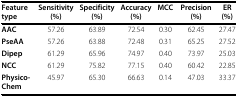
<table><thead><tr><td><b>Feature type</b></td><td><b>Sensitivity(%)</b></td><td><b>Specificity(%)</b></td><td><b>Accuracy(%)</b></td><td><b>MCC</b></td><td><b>Precision (%)</b></td><td><b>ER(%)</b></td></tr></thead><tbody><tr><td><b>AAC</b></td><td>57.26</td><td>63.89</td><td>72.54</td><td>0.30</td><td>62.45</td><td>27.47</td></tr><tr><td><b>PseAA</b></td><td>57.26</td><td>63.88</td><td>72.48</td><td>0.31</td><td>65.25</td><td>27.52</td></tr><tr><td><b>Dipep</b></td><td>61.29</td><td>65.96</td><td>74.97</td><td>0.40</td><td>73.97</td><td>25.03</td></tr><tr><td><b>NCC</b></td><td>61.29</td><td>75.82</td><td>77.15</td><td>0.40</td><td>60.42</td><td>22.85</td></tr><tr><td><b>Physico-Chem</b></td><td>45.97</td><td>65.30</td><td>66.63</td><td>0.14</td><td>47.03</td><td>33.37</td></tr></tbody></table>